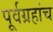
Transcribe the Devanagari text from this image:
पूर्वग्रहांच